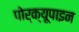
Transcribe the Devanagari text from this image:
पोर्क्यूपाइन